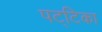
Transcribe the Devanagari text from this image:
पट्‌टिका